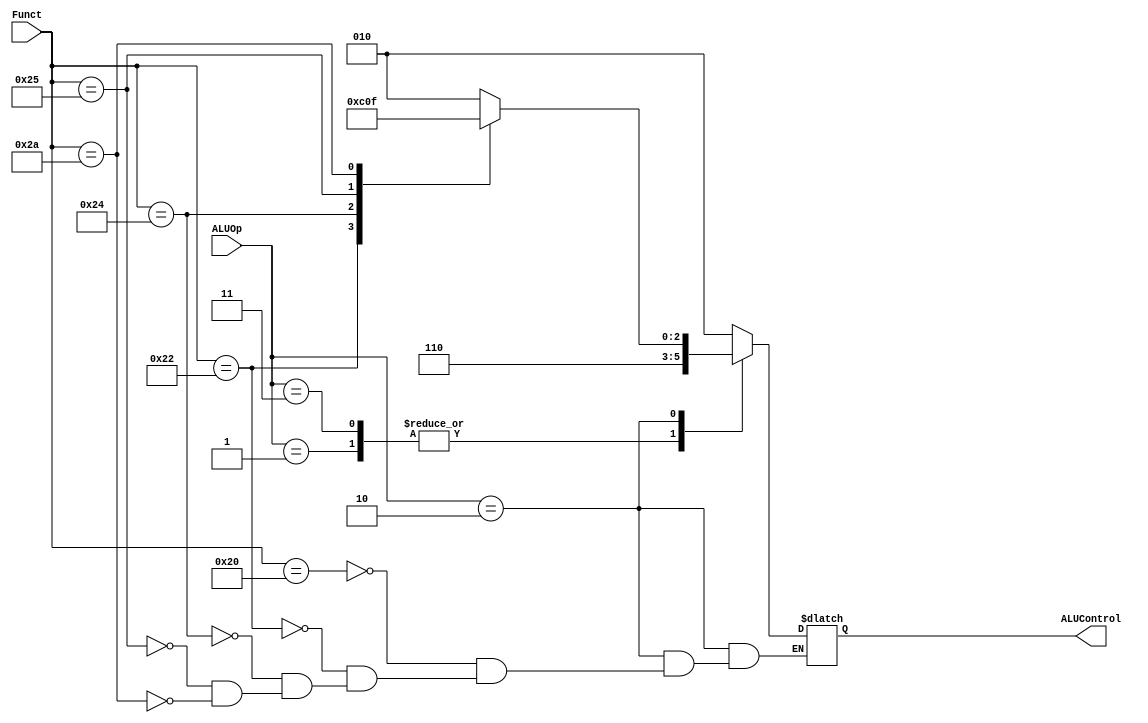
module alu_decoder
(
     ALUOp, Funct, ALUControl
);

input     [1:0]  ALUOp;
input      [5:0]  Funct; 
output  reg [2:0]  ALUControl;

always@ (*) begin
  case ( ALUOp )
    2'b00 : begin // Add
      ALUControl = 3'b010;
    end
    2'b01 : begin // Subtract
      ALUControl = 3'b110;
    end
    2'b11 : begin // Subtract
      ALUControl = 3'b110;
    end
    2'b10 : begin // Something
      case ( Funct )
      6'h20 : begin // Add
        ALUControl = 3'b010;
      end
      6'h22 : begin // Subtract
        ALUControl = 3'b110;
      end
      6'h24 : begin // and
        ALUControl = 3'b000;
      end
      6'h25 : begin // or
        ALUControl = 3'b001;
      end
      6'h2A : begin // set less than
        ALUControl = 3'b111;
      end
      endcase
    end
    2'b11 : begin // Something
      case ( Funct )
      6'h20 : begin // Add
        ALUControl = 3'b010;
      end
      6'h22 : begin // Subtract
        ALUControl = 3'b110;
      end
      6'h24 : begin // and
        ALUControl = 3'b000;
      end
      6'h25 : begin // or
        ALUControl = 3'b001;
      end
      6'h2A : begin // set less than
        ALUControl = 3'b111;
      end
      endcase
    end
  endcase
end

endmodule